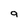
Character: g